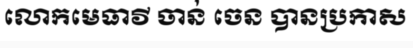
លោកមេធាវី ចាន់ ចេន បានប្រកាស